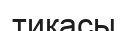
тикасы